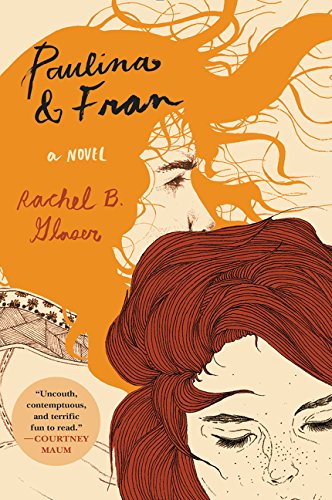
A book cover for Paulina & Fran: A Novel; Rachel B. Glaser; Literature & Fiction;